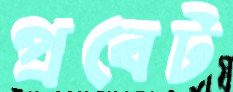
প্রবেট